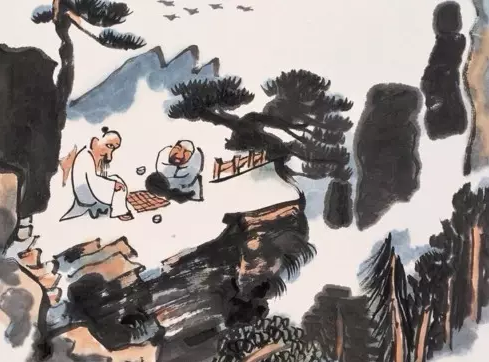
朝真暮伪何人辨，古往今来底事无。